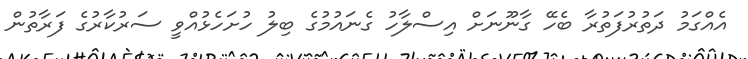
އެއްގަމު ދަތުރުފަތުރާ ބެހޭ ގާނޫނަށް އިސްލާހު ގެނައުމުގެ ބިލު ހުށަހެޅުއްވީ ސަރުކާރުގެ ފަރާތުން